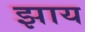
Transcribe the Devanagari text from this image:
झाय